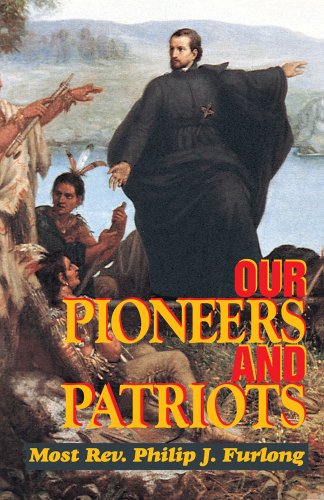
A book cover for Our Pioneers and Patriots; Most Rev. Philip J. Furlong; Children's Books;